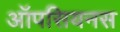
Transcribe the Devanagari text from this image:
ऑपसियनस